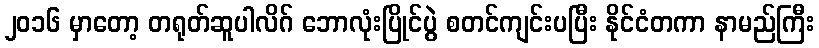
၂၀၁၆ မှာတော့ တရုတ်ဆူပါလိဂ် ဘောလုံးပြိုင်ပွဲ စတင်ကျင်းပပြီး နိုင်ငံတကာ နာမည်ကြီး